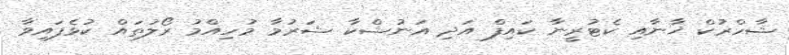
ޝާހްރުކް ޚާނާއި ކެޓުރީނާ ކައިފް އަދި އަނުޝްކާ ޝަރުމާ މުހިއްމު ރޯލުތައް ކުޅެފައިވާ